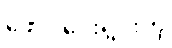
ဖောင်ဒေးရှင်းကို